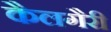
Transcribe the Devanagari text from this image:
कैलगैरी